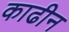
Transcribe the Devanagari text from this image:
काढीन